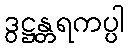
ဒွဋ္ဌန္တရကပ္ပါ